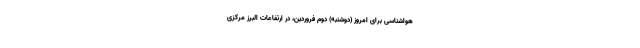
هواشناسی برای امروز (دوشنبه) دوم فروردین، در ارتفاعات البرز مرکزی